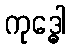
ကုဒ္ဓေါ